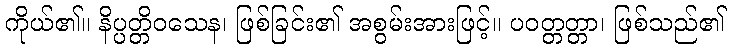
ကိုယ်၏။ နိပ္ပတ္တိဝသေန၊ ဖြစ်ခြင်း၏ အစွမ်းအားဖြင့်။ ပဝတ္တတ္တာ၊ ဖြစ်သည်၏